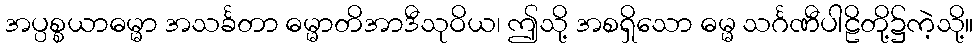
အပ္ပစ္စယာဓမ္မာ အသင်္ခတာ ဓမ္မာတိအာဒီသုဝိယ၊ ဤသို့ အစရှိသော ဓမ္မ သင်္ဂဏီပါဠိတို့၌ကဲ့သို့။